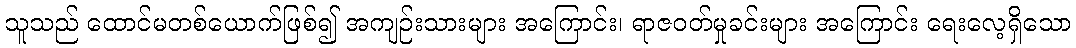
သူသည် ထောင်မတစ်ယောက်ဖြစ်၍ အကျဉ်းသားများ အကြောင်း၊ ရာဇဝတ်မှုခင်းများ အကြောင်း ရေးလေ့ရှိသော